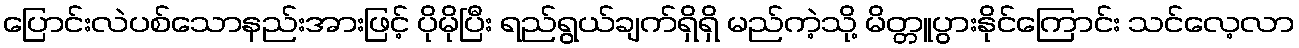
ပြောင်းလဲပစ်သောနည်းအားဖြင့် ပိုမိုပြီး ရည်ရွယ်ချက်ရှိရှိ မည်ကဲ့သို့ မိတ္တူပွားနိုင်ကြောင်း သင်လေ့လာ